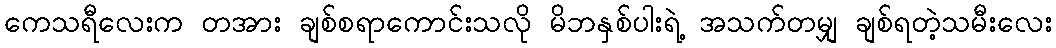
ကေသရီလေးက တအား ချစ်စရာကောင်းသလို မိဘနှစ်ပါးရဲ့ အသက်တမျှ ချစ်ရတဲ့သမီးလေး